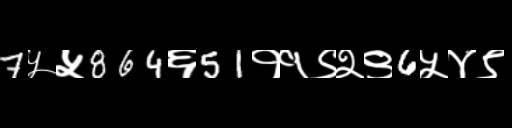
Text: 7५५864६51११९२९6५४९